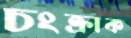
চংক্রাক